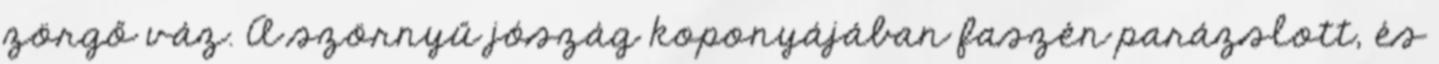
zörgő váz. A szörnyű jószág koponyájában faszén parázslott, és